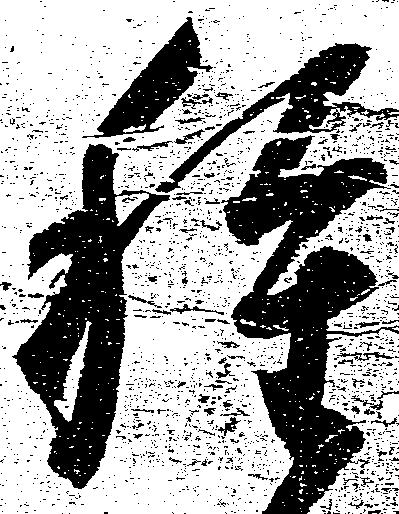
種